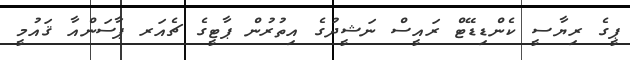
ޕީގެ ރިޔާސީ ކެންޑިޑޭޓް ރައީސް ނަޝީދުގެ އިތުރުން ޕާޓީގެ ޗެއަރ ޕާސަންއާ ޤައުމީ